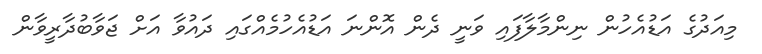
މިއަދުގެ އަޑުއެހުން ނިންމާލާފައި ވަނީ ދެން އޮންނަ އަޑުއެހުމެއްގައި ދައުވާ އަށް ޖަވާބުދާރީވާން